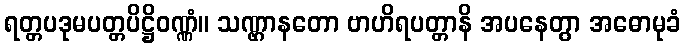
ရတ္တပဒုမပတ္တပိဋ္ဌိဝဏ္ဏံ။ သဏ္ဌာနတော ဗာဟိရပတ္တာနိ အပနေတွာ အဓောမုခံ